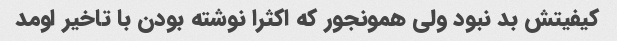
کیفیتش بد نبود ولی همونجور که اکثرا نوشته بودن با تاخیر اومد